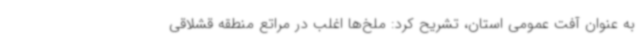
به عنوان آفت عمومی استان، تشریح کرد: ملخ‌ها اغلب در مراتع منطقه قشلاقی